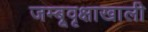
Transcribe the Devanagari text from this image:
जम्बूवृक्षाखाली